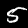
Digit: 5